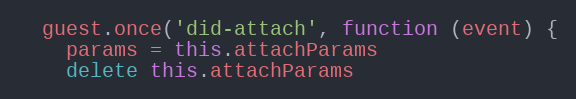
Language: JavaScript
  guest.once('did-attach', function (event) {
    params = this.attachParams
    delete this.attachParams